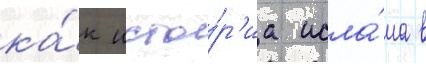
ка́к исто́р'иа исла́ма в